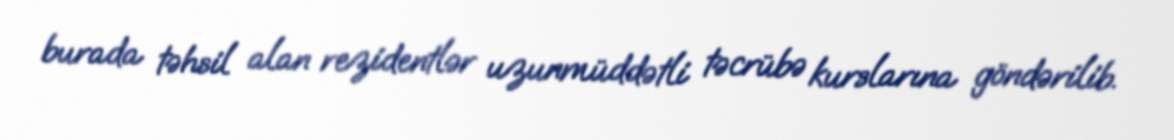
burada təhsil alan rezidentlər uzunmüddətli təcrübə kurslarına göndərilib.